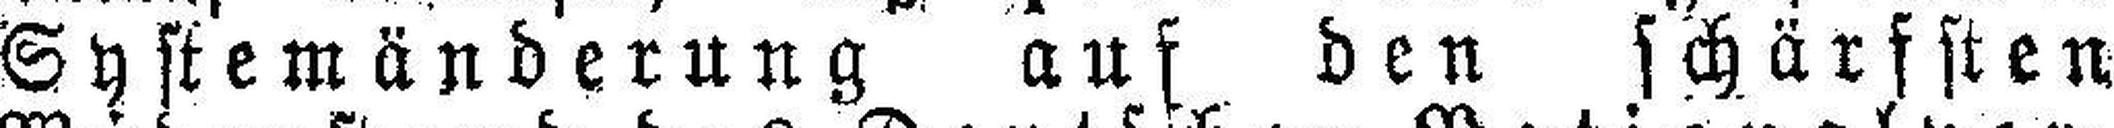
Systemänderung auf den schärfsten